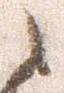
之